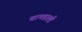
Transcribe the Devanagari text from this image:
चाण्डाली